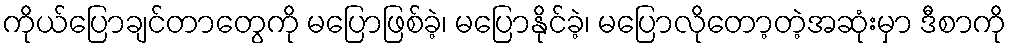
ကိုယ်ပြောချင်တာတွေကို မပြောဖြစ်ခဲ့၊ မပြောနိုင်ခဲ့၊ မပြောလိုတော့တဲ့အဆုံးမှာ ဒီစာကို